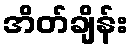
အိတ်ချိန်း